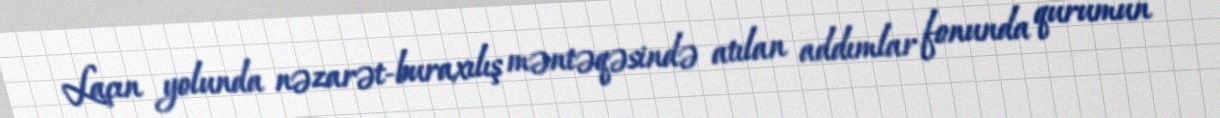
Laçın yolunda nəzarət-buraxılış məntəqəsində atılan addımlar fonunda qurumun